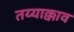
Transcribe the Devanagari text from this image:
तय्याक्काव